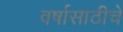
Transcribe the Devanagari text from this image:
वर्षासाठीचे